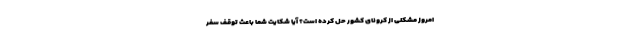
امروز مشکلی از کرونای کشور حل کرده است؟ آیا شکایت شما باعث توقف سفر